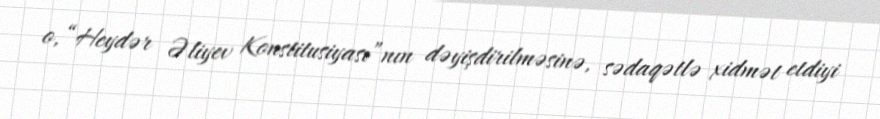
o, “Heydər Əliyev Konstitusiyası”nın dəyişdirilməsinə, sədaqətlə xidmət etdiyi